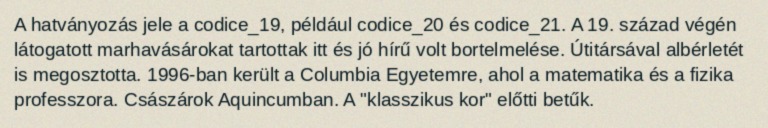
A hatványozás jele a codice_19, például codice_20 és codice_21. A 19. század végén látogatott marhavásárokat tartottak itt és jó hírű volt bortelmelése. Útitársával albérletét is megosztotta. 1996-ban került a Columbia Egyetemre, ahol a matematika és a fizika professzora. Császárok Aquincumban. A "klasszikus kor" előtti betűk.